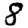
Digit: 8